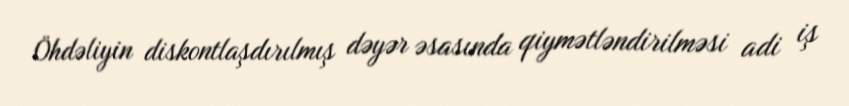
Öhdəliyin diskontlaşdırılmış dəyər əsasında qiymətləndirilməsi adi iş